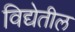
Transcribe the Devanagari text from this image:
विद्येतील